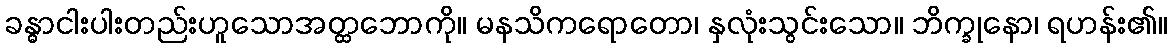
ခန္ဓာငါးပါးတည်းဟူသောအတ္ထဘောကို။ မနသိကရောတော၊ နှလုံးသွင်းသော။ ဘိက္ခုနော၊ ရဟန်း၏။